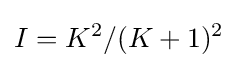
I=K^{2}/(K+1)^{2}